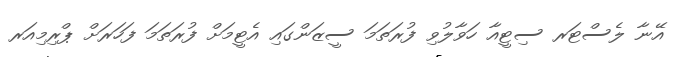
އޭނާ ލެސްޓަރ ސިޓީއާ ހަވާލުވި ފުރަތަމަ ސީޒަންގައި އެޓީމަށް ފުރަތަމަ ފަހަރަށް ޕްރިމިއަރ